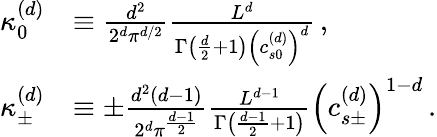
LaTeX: \begin{array}{rl}{\kappa_{0}^{\left(d\right)}}&{\equiv\frac{d^{2}}{2^{d}\pi^{d/2}}\frac{L^{d}}{\Gamma\left(\frac{d}{2}+1\right)\left(c_{s0}^{\left(d\right)}\right)^{d}}\, ,}\\ {\kappa_{\pm}^{\left(d\right)}}&{\equiv\pm\frac{d^{2}\left(d-1\right)}{2^{d}\pi^{\frac{d-1}{2}}}\frac{L^{d-1}}{\Gamma\left(\frac{d-1}{2}+1\right)}\left(c_{s\pm}^{\left(d\right)}\right)^{1-d}\, .}\end{array}